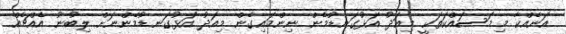
އަނެއްކާ މި މަސައްކަތަކީ މިއަދު އަޅުގަނޑުމެން ނިންމައިގެން މިއަދު އަޅުގަނޑުމެންނަށް ލިބުނު އެއްޗެއް